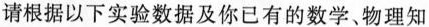
请根据以下实验数据及你已有的数学、物理知